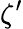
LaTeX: \zeta^{\prime}